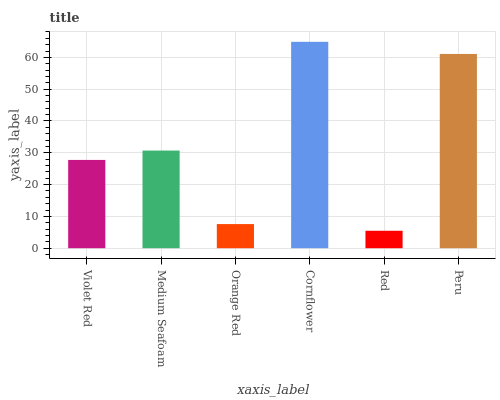
| xaxis_label | bars |
 | --- | --- |
 | Violet Red | 27.8 |
 | Medium Seafoam | 30.7 |
 | Orange Red | 7.59 |
 | Cornflower | 64.9 |
 | Red | 5.48 |
 | Peru | 61.1 |